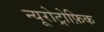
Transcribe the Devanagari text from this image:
न्यूरोट्रोफ़िक